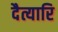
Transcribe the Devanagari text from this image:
दैत्यारि